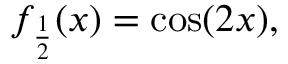
f _ { \frac { 1 } { 2 } } ( x ) = \cos ( 2 x ) ,